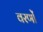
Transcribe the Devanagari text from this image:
वरणों